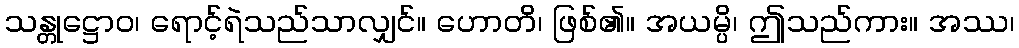
သန္တုဋ္ဌောဝ၊ ရောင့်ရဲသည်သာလျှင်။ ဟောတိ၊ ဖြစ်၏။ အယမ္ပိ၊ ဤသည်ကား။ အဿ၊